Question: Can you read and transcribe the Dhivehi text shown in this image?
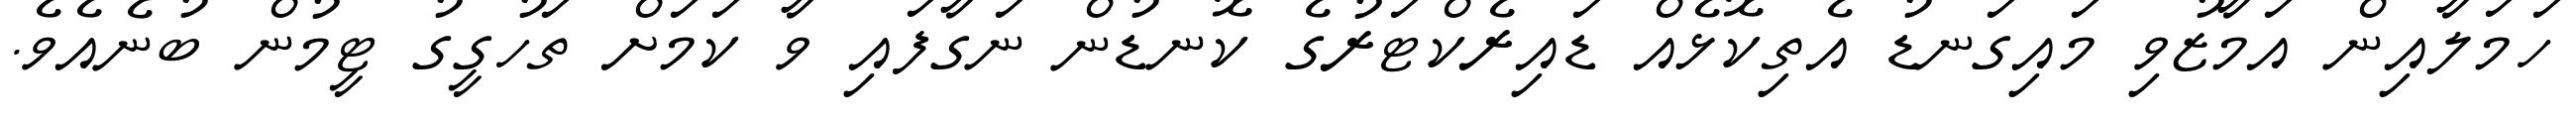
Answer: ހަމަލާއިން އަމާޒުވި މައިގަނޑު އެތިކޮޅެއް ޑައިރެކްޓަރުގެ ކޮނޑުން ނަގާފައި ވާ ކަމަށް ތަހުގީގު ޓީމުން ބުނެއެވެ.